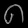
Digit: ၈